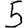
Digit: 5